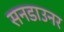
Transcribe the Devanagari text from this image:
सनडाउनर